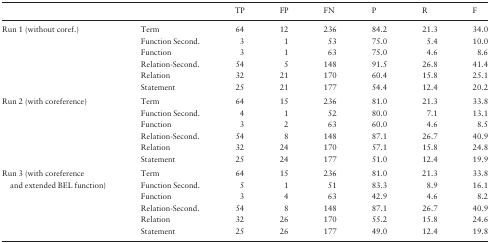
|  |  | TP | FP | FN | P | R | F |
 | --- | --- | --- | --- | --- | --- | --- | --- |
 | <ROWSPAN=6> Run 1 (without coref.) | Term | 64 | 12 | 236 | 84.2 | 21.3 | 34.0 |
 | Function Second. | 3 | 1 | 53 | 75.0 | 5.4 | 10.0 |
 | Function | 3 | 1 | 63 | 75.0 | 4.6 | 8.6 |
 | Relation-Second. | 54 | 5 | 148 | 91.5 | 26.8 | 41.4 |
 | Relation | 32 | 21 | 170 | 60.4 | 15.8 | 25.1 |
 | Statement | 25 | 21 | 177 | 54.4 | 12.4 | 20.2 |
 | <ROWSPAN=6> Run 2 (with coreference) | Term | 64 | 15 | 236 | 81.0 | 21.3 | 33.8 |
 | Function Second. | 4 | 1 | 52 | 80.0 | 7.1 | 13.1 |
 | Function | 3 | 2 | 63 | 60.0 | 4.6 | 8.5 |
 | Relation-Second. | 54 | 8 | 148 | 87.1 | 26.7 | 40.9 |
 | Relation | 32 | 24 | 170 | 57.1 | 15.8 | 24.8 |
 | Statement | 25 | 24 | 177 | 51.0 | 12.4 | 19.9 |
 | <ROWSPAN=6> Run 3 (with coreference and extended BEL function) | Term | 64 | 15 | 236 | 81.0 | 21.3 | 33.8 |
 | Function Second. | 5 | 1 | 51 | 83.3 | 8.9 | 16.1 |
 | Function | 3 | 4 | 63 | 42.9 | 4.6 | 8.2 |
 | Relation-Second. | 54 | 8 | 148 | 87.1 | 26.7 | 40.9 |
 | Relation | 32 | 26 | 170 | 55.2 | 15.8 | 24.6 |
 | Statement | 25 | 26 | 177 | 49.0 | 12.4 | 19.8 |